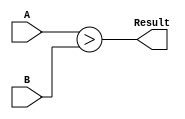

/*  @return a true/false value if A > B
 * 
 *  Where:
 *      A = 9 bits wide
 *      B = 9 bits wide
 */
module MagnitudeComparator (A, B, Result);
    input [8:0] A, B;
    output Result;

    assign Result = A > B;
endmodule